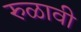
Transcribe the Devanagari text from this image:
रुळावी